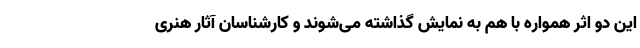
این دو اثر همواره با هم به نمایش گذاشته می‌شوند و کارشناسان آثار هنری